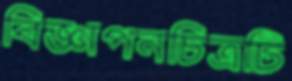
বিজ্ঞাপনচিত্রটি